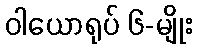
ဝါယောရုပ် ၆-မျိုး